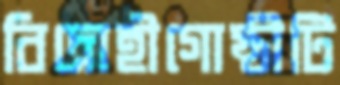
বিদ্রোহীগোষ্ঠীটি